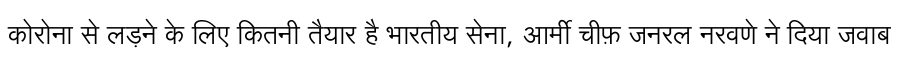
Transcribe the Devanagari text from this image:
कोरोना से लड़ने के लिए कितनी तैयार है भारतीय सेना, आर्मी चीफ़ जनरल नरवणे ने दिया जवाब